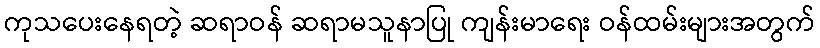
ကုသပေးနေရတဲ့ ဆရာဝန် ဆရာမသူနာပြု ကျန်းမာရေး ဝန်ထမ်းများအတွက်